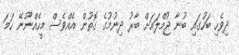
ދިވެހި ބަހުގައި ބުނާ ޖުމްލައަށް ބާރު ދިނުމުގެ ގޮތުން އެއްވެސް މީހެއްނޫނޭ ހަމަ